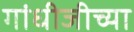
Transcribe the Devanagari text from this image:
गांधीजीच्या